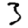
Digit: 3